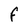
Character: F